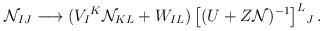
LaTeX: \begin{align*}{\cal N}_{IJ} \longrightarrow (V_I{}^K {\cal N}_{KL}+ W_{IL} )\,\big[(U+ Z{\cal N})^{-1}\big]^L{}_J \,.\end{align*}